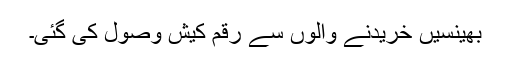
بھینسیں خریدنے والوں سے رقم کیش وصول کی گئی۔